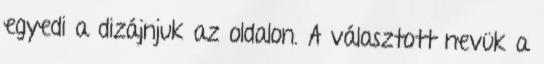
egyedi a dizájnjuk az oldalon. A választott nevük a